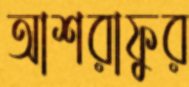
আশরাফুর